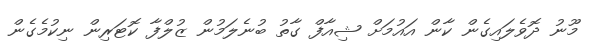
މޫނު ދޮވެލައިގެން ކާން އައުމަށް ޝިއާފް ގާތު ބުނެލަމުން ޒުލްފާ ކޮޓަރިން ނިކުމެގެން